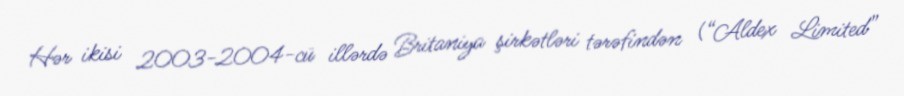
Hər ikisi 2003-2004-cü illərdə Britaniya şirkətləri tərəfindən (“Aldex Limited”